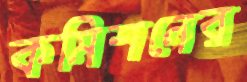
কমিশনের